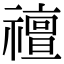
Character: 䄠